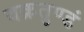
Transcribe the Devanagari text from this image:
वक्रतुण्डं